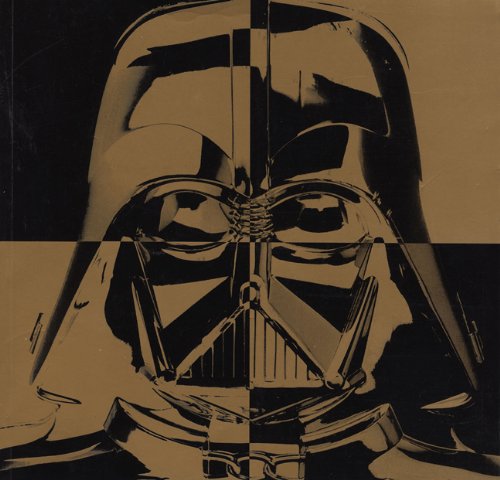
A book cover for Star Wars: From Concept to Screen to Collectible; Stephen Sansweet; Crafts, Hobbies & Home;